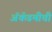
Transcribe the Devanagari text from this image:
ॲकॅडमीची